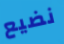
نضيع